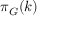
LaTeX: \pi _ { G } ( k )